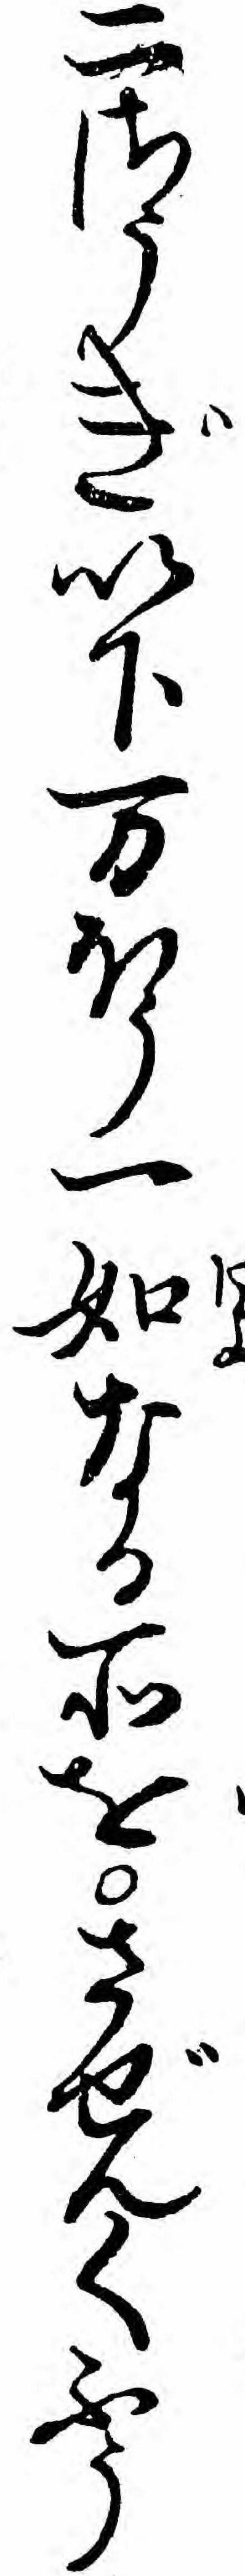
二さうぎ以下万ほう一如なる所をさぜんくふう